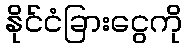
နိုင်ငံခြားငွေကို